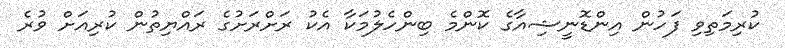
ކުރިމަތިވި ފަހުން އިންޑޮނީޝިއާގެ ކޮންމެ ބިންހެލުމަކާ އެކު ރަށްރަށުގެ ރައްޔިތުން ކުރިއަށް ވުރެ